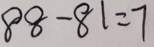
8 8 - 8 1 = 7